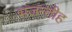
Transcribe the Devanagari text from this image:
भजन्तीह